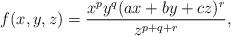
LaTeX: \begin{align*}f(x,y,z)=\dfrac{x^{p}y^{q}(ax+by+cz)^r}{z^{p+q+r}}, \end{align*}